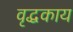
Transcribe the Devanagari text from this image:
वृद्धकाय